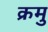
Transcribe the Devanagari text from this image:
क्रमु